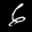
Label: 6